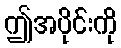
ဤအပိုင်းကို